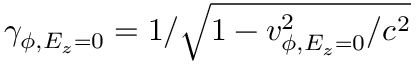
\gamma _ { \phi , E _ { z } = 0 } = 1 / \sqrt { 1 - v _ { \phi , E _ { z } = 0 } ^ { 2 } / c ^ { 2 } }